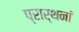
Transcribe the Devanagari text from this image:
प्रार्थनां